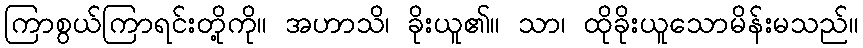
ကြာစွယ်ကြာရင်းတို့ကို။ အဟာသိ၊ ခိုးယူ၏။ သာ၊ ထိုခိုးယူသောမိန်းမသည်။